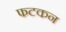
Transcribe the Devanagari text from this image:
फटकन